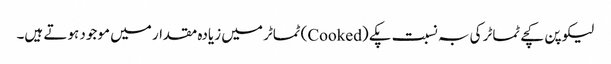
لیکوپن کچے ٹماٹر کی بہ نسبت پکے (Cooked) ٹماٹر میں زیادہ مقدار میں موجود ہوتے ہیں۔